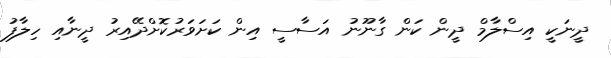
ދީނަކީ އިސްލާމް ދީން ކަން ގާނޫނު އަސާސީ އިން ކަށަވަރުކޮށްދޭއިރު ދީނާއި ހިލާފު